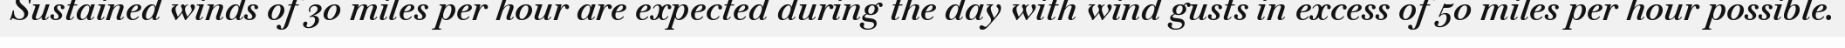
Sustained winds of 30 miles per hour are expected during the day with wind gusts in excess of 50 miles per hour possible.